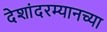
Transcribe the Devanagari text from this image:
देशांदरम्यानच्या